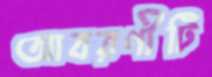
আবরণীটি